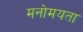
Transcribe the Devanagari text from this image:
मनोमयता